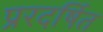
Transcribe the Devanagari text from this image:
प्ररदर्षित